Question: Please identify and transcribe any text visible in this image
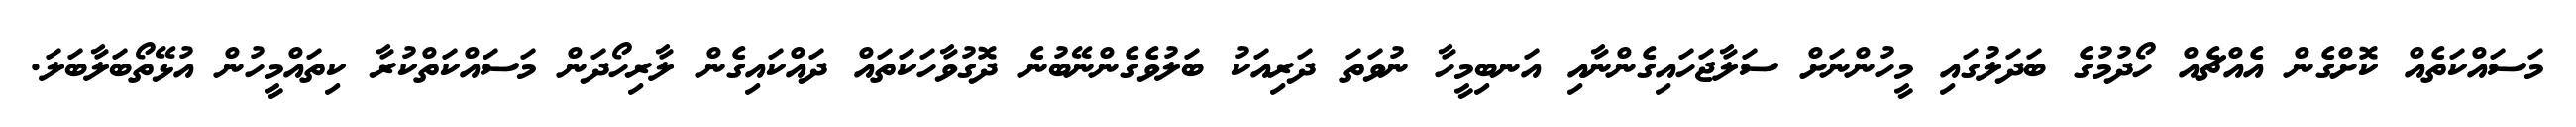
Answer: މަސައްކަތެއް ކޮށްގެން އެއްޗެއް ހޯދުމުގެ ބަދަލުގައި މީހުންނަށް ސަލާޖަހައިގެންނާއި އަނބިމީހާ ނުވަތަ ދަރިއަކު ބަލުވެގެންނޭބުނެ ދޮގުވާހަކަތައް ދައްކައިގެން ލާރިހޯދަން މަސައްކަތްކުރާ ކިތައްމީހުން އުޅޭތޯބަލާބަލަ.